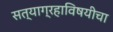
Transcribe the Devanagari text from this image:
सत्याग्रहाविषयीचा